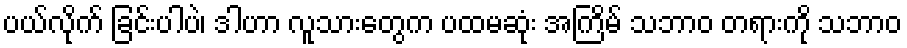
ပယ်လိုက် ခြင်းပါပဲ၊ ဒါဟာ လူသားတွေက ပထမဆုံး အကြိမ် သဘာဝ တရားကို သဘာဝ